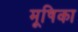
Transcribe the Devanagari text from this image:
मूषिका